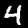
Digit: 4